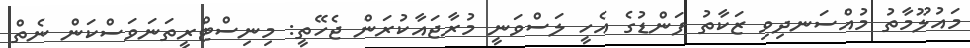
މައުލޫމާތު މުއްސަނދިވި ޒަކާތު ފަންޑުގެ އެހީ ލަސްވަނީ މުރާޖައާކުރަން ޖެހޭތީ: މިނިސްޓްރީތަނަވަސްކަން ނެތް